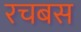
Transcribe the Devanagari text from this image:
रचबस